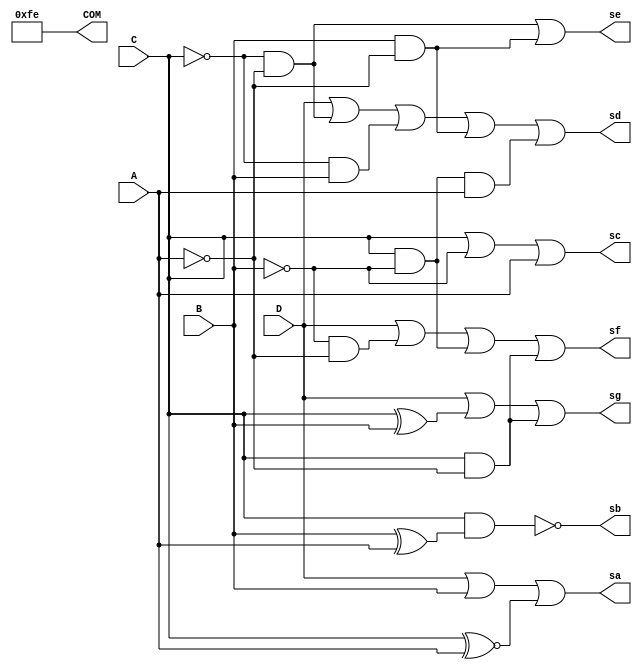
module decoder_7_SEG(A, B, C, D, COM, sa, sb, sc, sd, se, sf, sg);
	input D,C,B,A;
	output sa,sb,sc,sd,se,sf,sg;
	output [7:0] COM;

	assign sa = D | B |(C ~^ A);
	assign sb = ~(C &( B^A ));
	assign sc = C | ~B | A;
	assign sd = D|(~C & ~A)|(~C & B)|(B & ~A)|(C & ~B & A);
	assign se = (~C & ~A)|(B & ~A);
	assign sf = D|(~B & ~A)|(C & ~B)|(C & ~A);
	assign sg = D|( C^B )|(C & ~A);
	assign COM = 8'b11111110;
	
endmodule